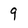
Character: 9